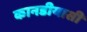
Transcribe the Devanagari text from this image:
कानडीयासी